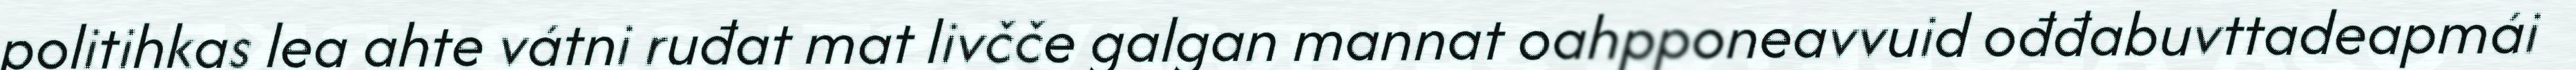
politihkas lea ahte vátni ruđat mat livčče galgan mannat oahpponeavvuid ođđabuvttadeapmái